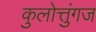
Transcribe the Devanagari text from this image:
कुलोत्तुंगज